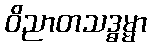
ဝိညာတသဒ္ဓမ္မာ